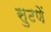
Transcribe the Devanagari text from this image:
सुटणें